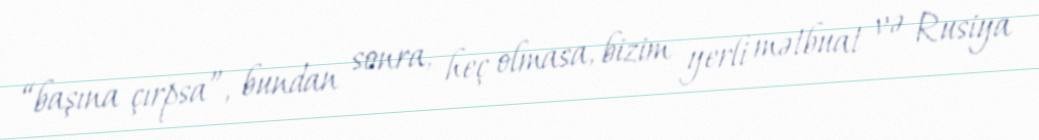
“başına çırpsa”, bundan sonra, heç olmasa, bizim yerli mətbuat və Rusiya